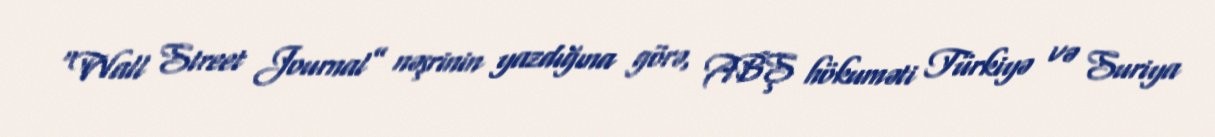
“Wall Street Journal” nəşrinin yazdığına görə, ABŞ hökuməti Türkiyə və Suriya